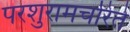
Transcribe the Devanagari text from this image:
परशुरामचरिते